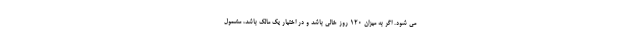
می شود. اگر به میزان ۱۲۰ روز خالی باشد و در اختیار یک مالک باشد، مشمول